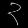
Digit: ၃